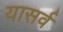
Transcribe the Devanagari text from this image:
यासर्व